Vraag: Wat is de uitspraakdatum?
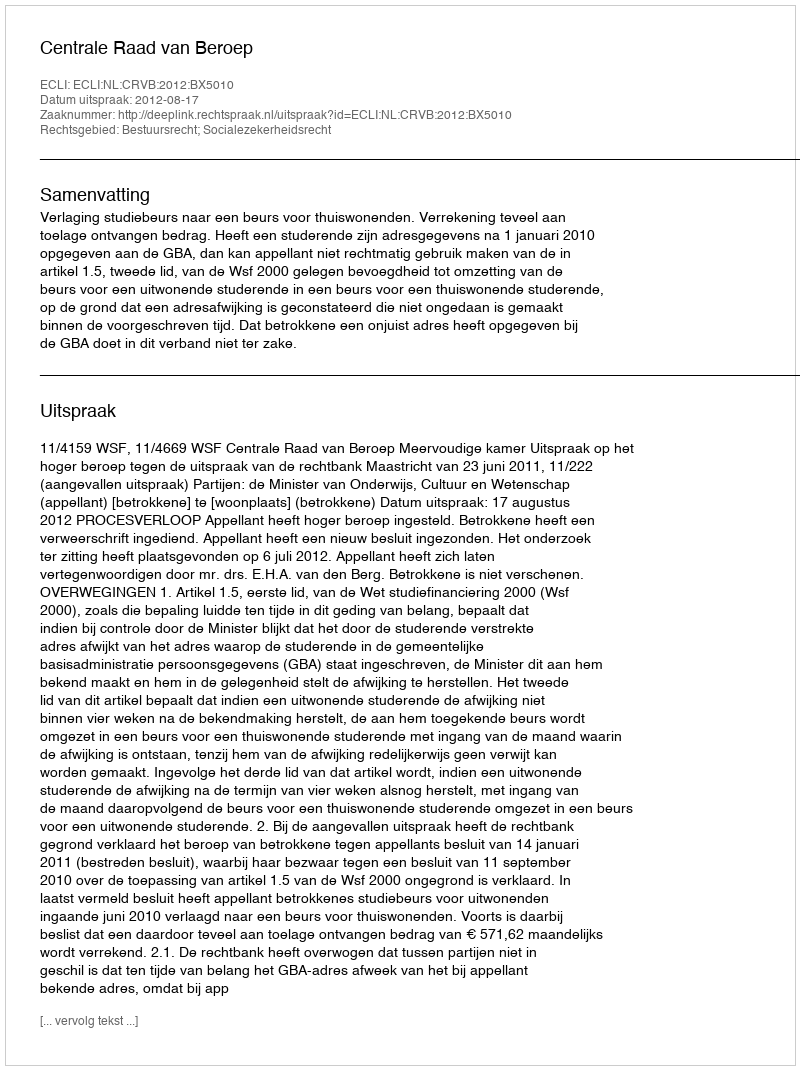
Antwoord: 2012-08-17